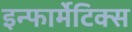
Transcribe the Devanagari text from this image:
इन्फार्मेटिक्स